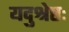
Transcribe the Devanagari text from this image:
यदुश्रेष्ठः